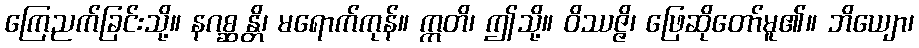
ကြေညက်ခြင်းသို့။ နဂစ္ဆန္တိ၊ မရောက်ကုန်။ ဣတိ၊ ဤသို့။ ဝိဿဇ္ဇိ၊ ဖြေဆိုတော်မူ၏။ ဘိယျော၊